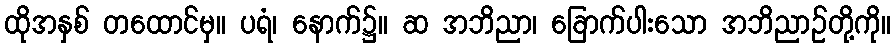
ထိုအနှစ် တထောင်မှ။ ပရံ၊ နောက်၌။ ဆ အဘိညာ၊ ခြောက်ပါးသော အဘိညာဉ်တို့ကို။